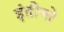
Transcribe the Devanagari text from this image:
इंतीमो